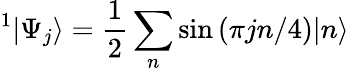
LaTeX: ^1|\Psi_{j}\rangle=\frac{1}{2}\sum_{n}\sin\left(\pi jn/4\right)|n\rangle